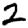
Digit: 2